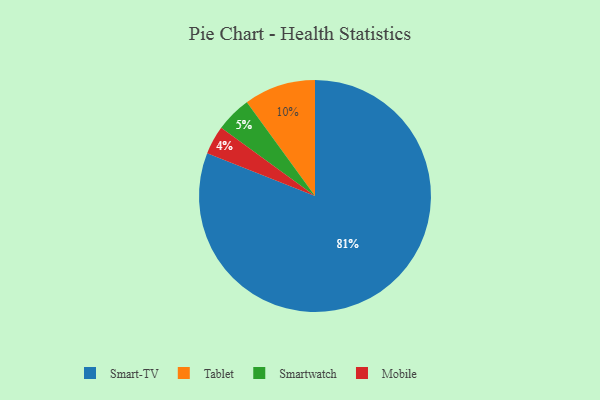
{"axis": {"x": "Category", "y": "Percentage"}, "legend": ["Mobile", "Smart-TV", "Smartwatch", "Tablet"], "data": [{"x": "Tablet", "y": 10, "type": "Tablet"}, {"x": "Smartwatch", "y": 5, "type": "Smartwatch"}, {"x": "Mobile", "y": 4, "type": "Mobile"}, {"x": "Smart-TV", "y": 81, "type": "Smart-TV"}]}